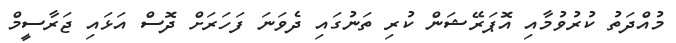
މުއްދަތު ކުރުވުމާއި އޮޕަރޭޝަން ކުރި ތަނުގައި ދެވަނަ ފަހަރަށް ދޮސް އަޅައި ޖަރާސީމް